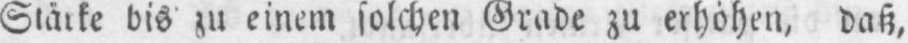
Stärke bis zu einem solchen Grade zu erhöhen, daß,